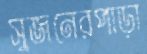
সুজনেরপাড়া